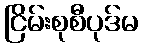
ငြိမ်းစုစီပုဒ်မ